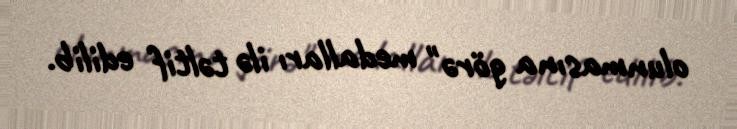
olunmasına görə" medalları ilə təltif edilib.